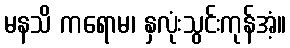
မနသိ ကရောမ၊ နှလုံးသွင်းကုန်အံ့။